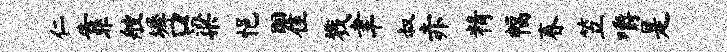
仁靠艘墀口梁悒瞿戮聿叔赤精幅春笠嚼是